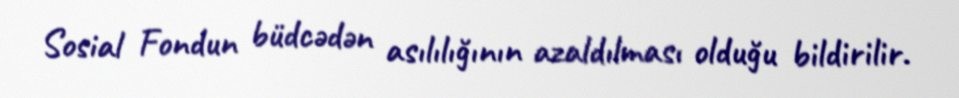
Sosial Fondun büdcədən asılılığının azaldılması olduğu bildirilir.